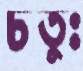
চতুঃ